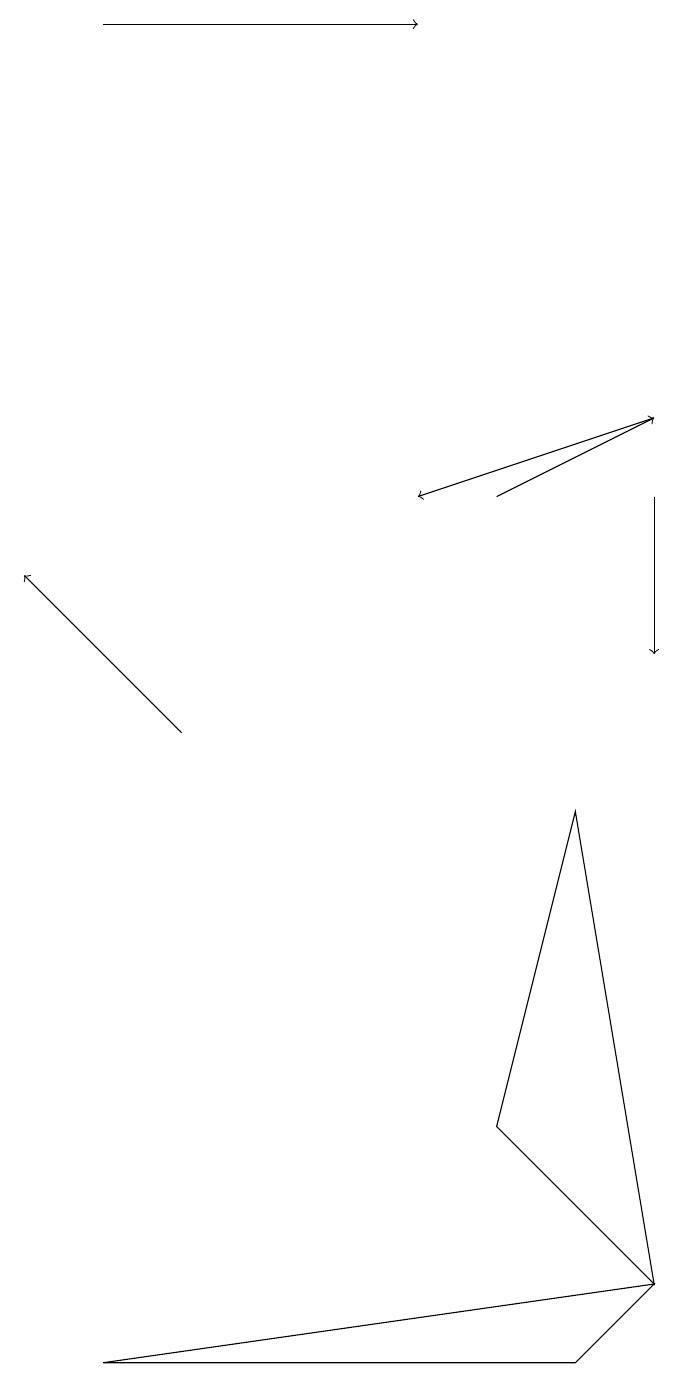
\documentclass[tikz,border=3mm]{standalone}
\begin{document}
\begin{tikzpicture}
\draw[->] (1,19) -- (5,19);
\draw[->] (2,10) -- (0,12);
\draw[->] (8,14) -- (5,13);
\draw (8,3) -- (1,2) -- (7,2) -- cycle;
\draw[->] (8,13) -- (8,11);
\draw[->] (6,13) -- (8,14);
\draw (8,3) -- (6,5) -- (7,9) -- cycle;
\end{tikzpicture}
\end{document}